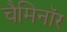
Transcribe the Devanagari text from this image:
चैमिनॉर